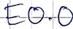
Text: E0.0